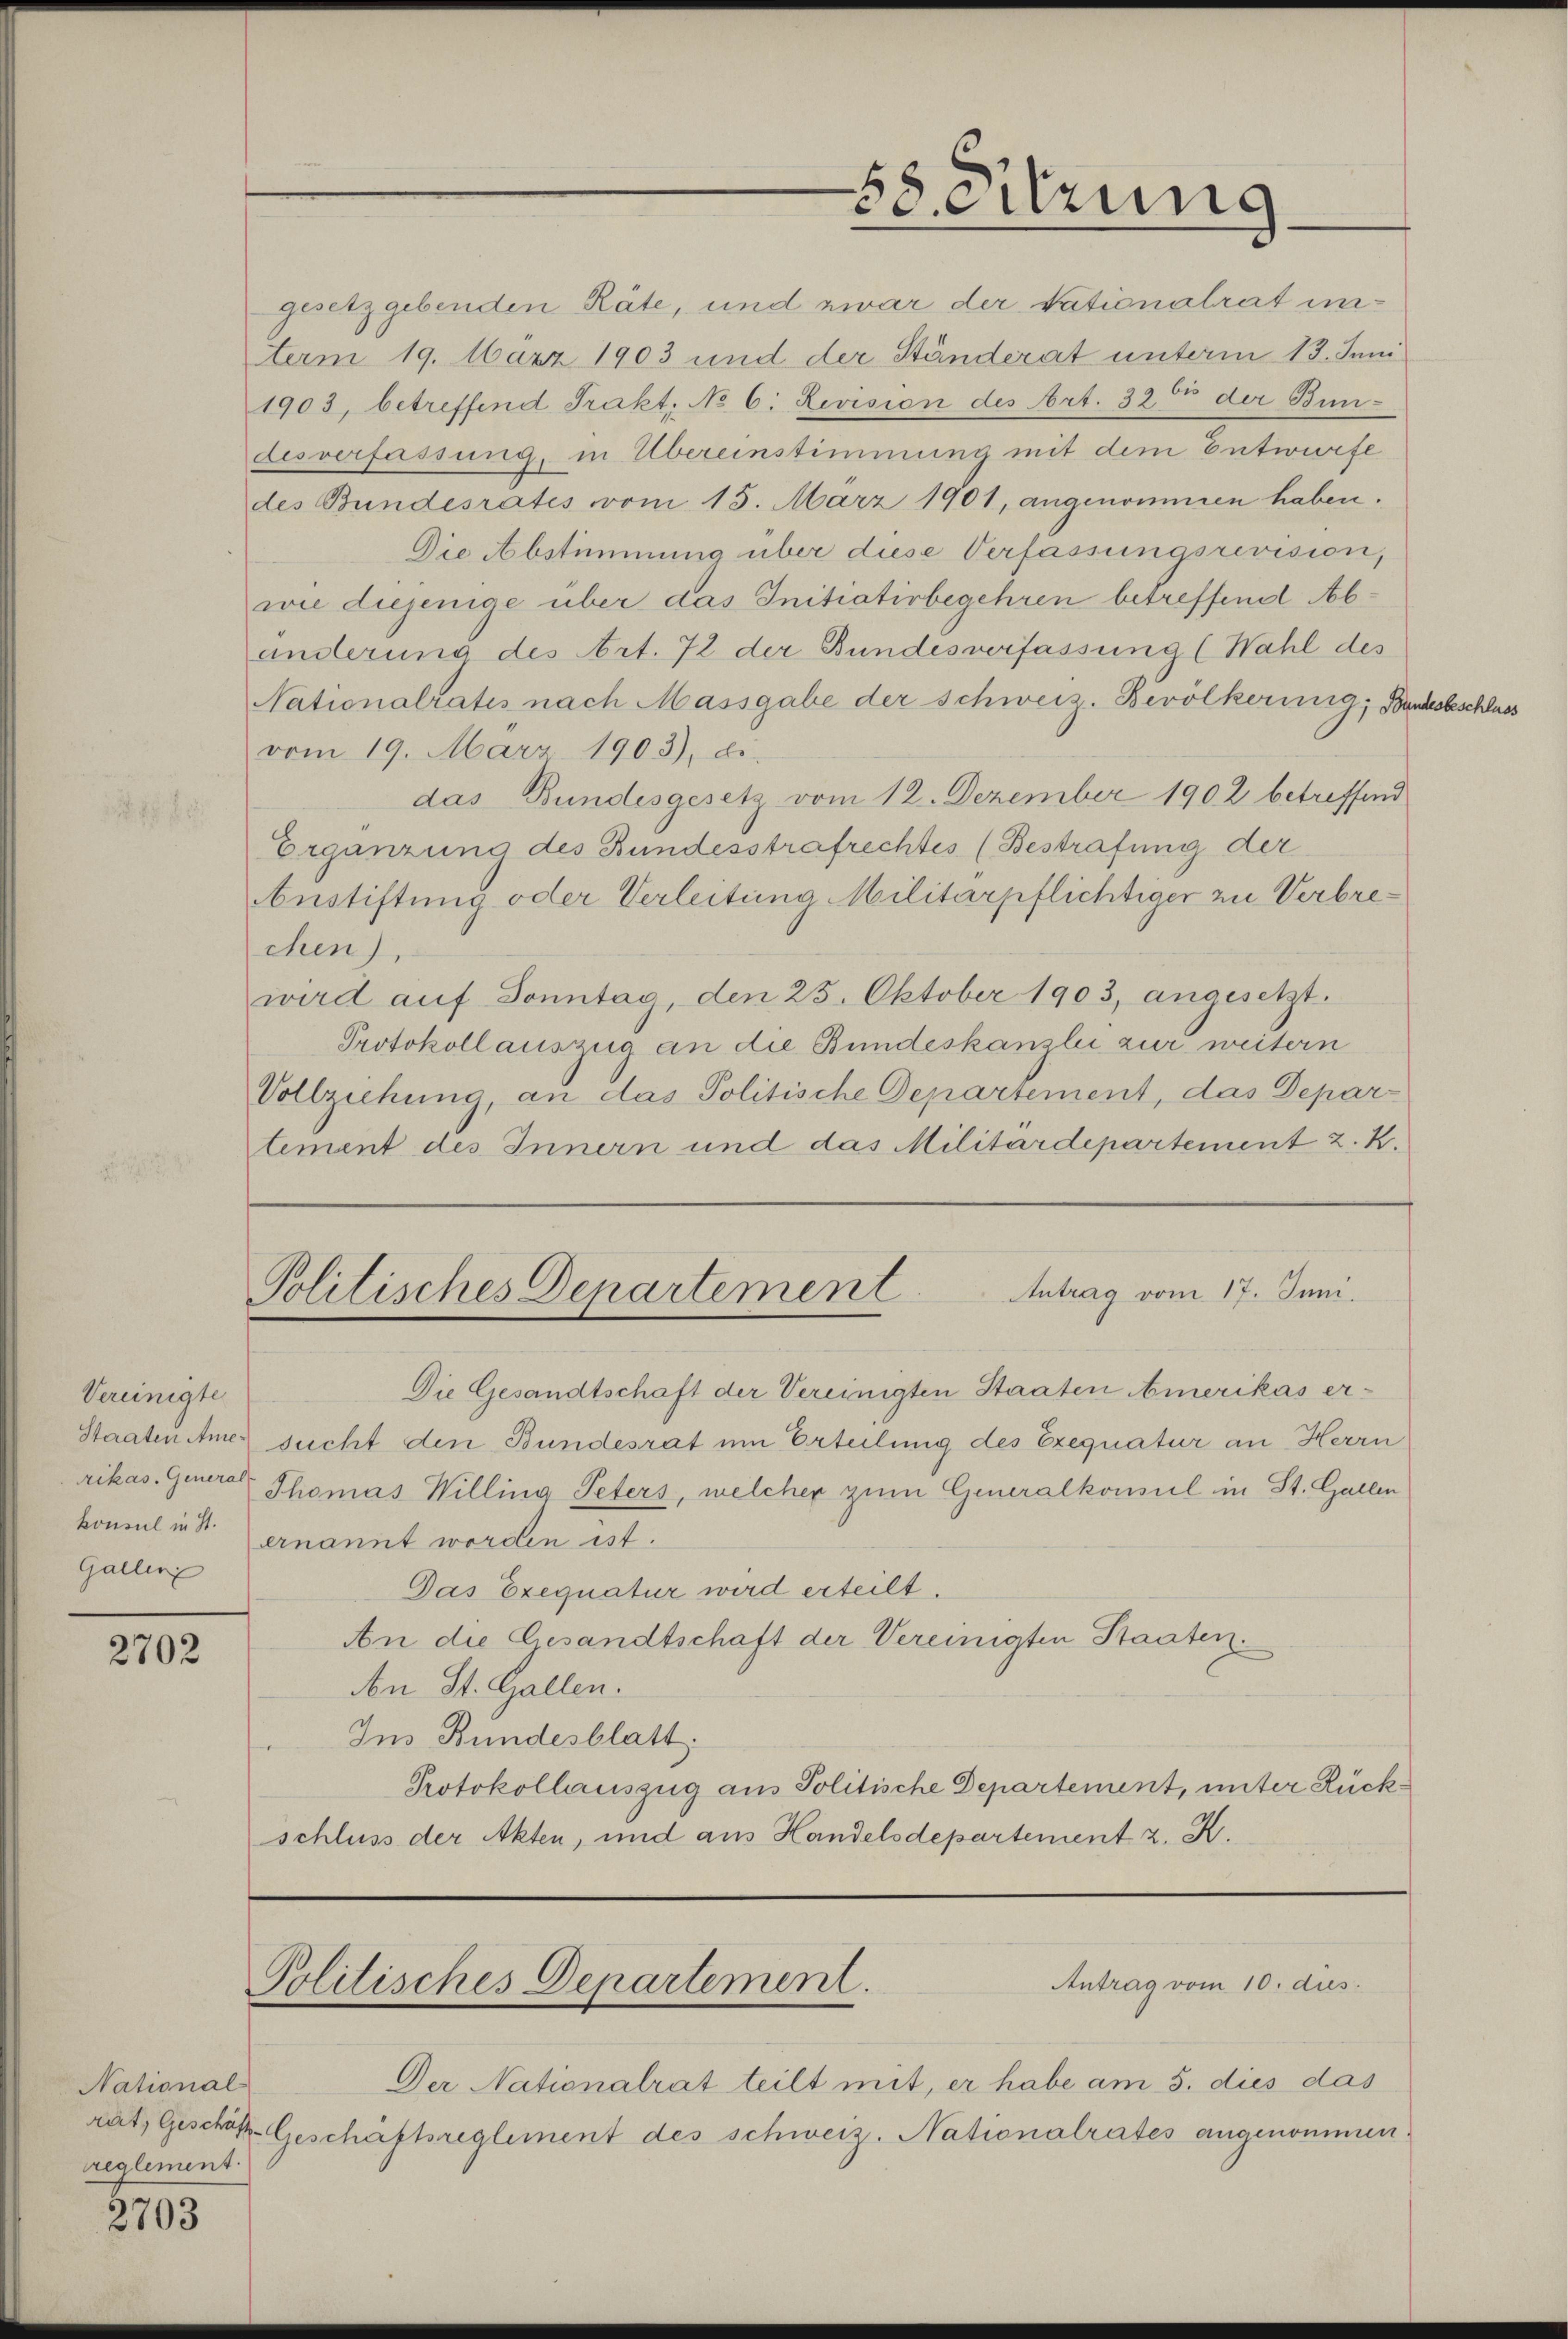
Vereinigte
Staaten Amekonsul in St.
Gallen

2702

National
reglement

2703

des Bundesrates vom 15. März 1901, angenommen haben.
Die Abstimmung über diese Verfassungsrevision,
wie diejenige über das Initiativbegehren betreffend Abanderung des Art. 72 der Bundesverfassung (Wahl des
Nationalratis nach Massgabe der schweiz. Bevölkerinig, Ber
vom 19. März 1903), de
Ergänzung des Bundesstrafrechtes (Bestrafung der
Austiftung oder Verleitung Militärpflichtiger zu Verbrechen),
wird auf Donntag, den 25. Oktober 1903, angesetzt.
Protokoll auszug an die Bundeskanzlei zur weitern
Vollziehung, an das Politische Departement, das Depar-
tement des Innern und das Militärdepartement z. K.

desverfassung, in Übereinstimmung mit dem Entwurfe
das Bundesgesetz vom 12. Dezember 1902 betreffend
Antrag vom 17. Juni.
Politisches Departement
Die Gesandtschaft der Vereinigten Staaten Amerikas ersucht den Bundesrat um Erteilung des Exequatur an Herrn
rikas. General Thomas Willing Peters, welcher zum Generalkonsul in St. Gallen
ernannt worden ist.
Das Exequatur wird erteilt.
An die Gesandtschaft der Vereinigten Staaten.
An St. Gallen.
Ins Bundesblatt.
Protokollauszug aus Politische Departement, unter Rückschluss der Akten, und aus Handelsdepartement z. K.

58. Sitzung

gesetzgebenden Räte, und zwar der Nationalrat un¬
Aerm 19. März 1903 und der Ständerat unterm 13. Juni
1903, betreffend Trakt. No 6. Revision des Art. 3200 der Bun¬

Antrag vom 10. dies
Politisches Departement.

Der Nationalrat teilt mit, er habe am 5. dies das
rat, Geschok-Geschaftsreglement des schweiz. Nationalrates angenommen.

desbeschluss